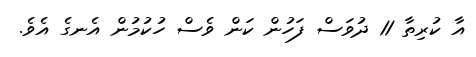
އާ ކުރިތާ 11 ދުވަސް ފަހުން ކަން ވެސް ހުކުމުން އެނގެ އެވެ.